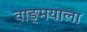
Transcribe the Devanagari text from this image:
वाङ्‌मयाला